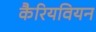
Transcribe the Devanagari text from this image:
कैरियवियन